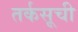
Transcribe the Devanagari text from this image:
तर्कसूची